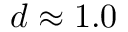
d \approx 1 . 0